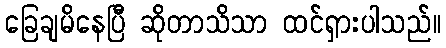
ခြေချမိနေပြီ ဆိုတာသိသာ ထင်ရှားပါသည်။